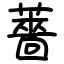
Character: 薔